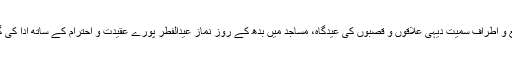
ضلع و اطراف سمیت دیہی علاقوں و قصبوں کی عیدگاہ، مساجد میں بدھ کے روز نماز عیدالفطر پورے عقیدت و احترام کے ساتھ ادا کی گئی۔